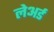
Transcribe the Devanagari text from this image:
लेअर्ड